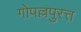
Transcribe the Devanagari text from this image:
गोपल्लपुरत्त